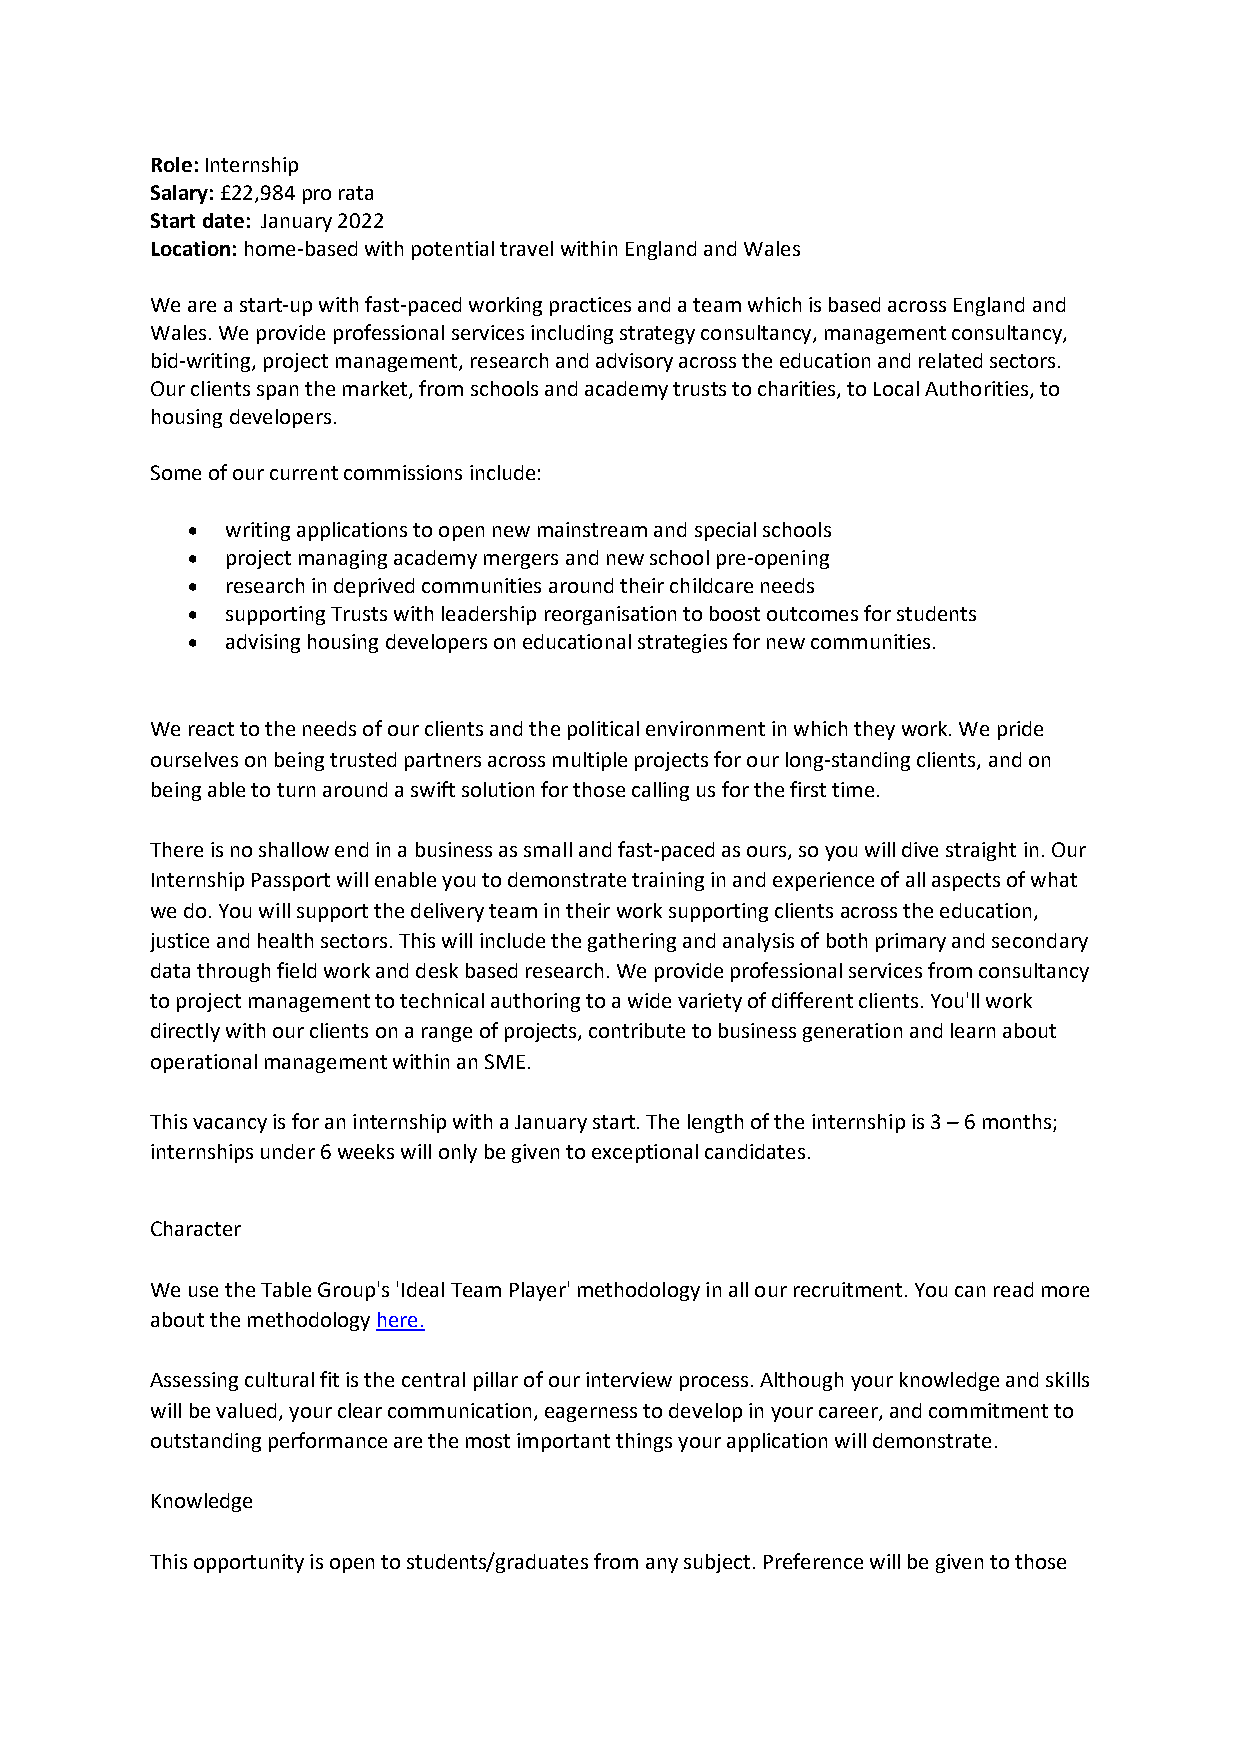
Role: Internship
 Salary: £22,984 pro rata
 Start date: January 2022
 Location: home-based with potential travel within England and Wales
 We are a start-up with fast-paced working practices and a team which is based across England and
 Wales. We provide professional services including strategy consultancy, management consultancy,
 bid-writing, project management, research and advisory across the education and related sectors.
 Our clients span the market, from schools and academy trusts to charities, to Local Authorities, to
 housing developers.
 Some of our current commissions include:
 •  writing applications to open new mainstream and special schools
 •  project managing academy mergers and new school pre-opening
 •  research in deprived communities around their childcare needs
 •  supporting Trusts with leadership reorganisation to boost outcomes for students
 •  advising housing developers on educational strategies for new communities.
 We react to the needs of our clients and the political environment in which they work. We pride
 ourselves on being trusted partners across multiple projects for our long-standing clients, and on
 being able to turn around a swift solution for those calling us for the first time.
 There is no shallow end in a business as small and fast-paced as ours, so you will dive straight in. Our
 Internship Passport will enable you to demonstrate training in and experience of all aspects of what
 we do. You will support the delivery team in their work supporting clients across the education,
 justice and health sectors. This will include the gathering and analysis of both primary and secondary
 data through field work and desk based research. We provide professional services from consultancy
 to project management to technical authoring to a wide variety of different clients. You'll work
 directly with our clients on a range of projects, contribute to business generation and learn about
 operational management within an SME.
 This vacancy is for an internship with a January start. The length of the internship is 3 – 6 months;
 internships under 6 weeks will only be given to exceptional candidates.
 Character
 We use the Table Group's 'Ideal Team Player' methodology in all our recruitment. You can read more
 about the methodology here.
 Assessing cultural fit is the central pillar of our interview process. Although your knowledge and skills
 will be valued, your clear communication, eagerness to develop in your career, and commitment to
 outstanding performance are the most important things your application will demonstrate.
 Knowledge
 This opportunity is open to students/graduates from any subject. Preference will be given to those